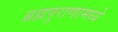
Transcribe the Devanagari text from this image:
ब्रह्मपुराणामध्ये